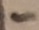
Text: -